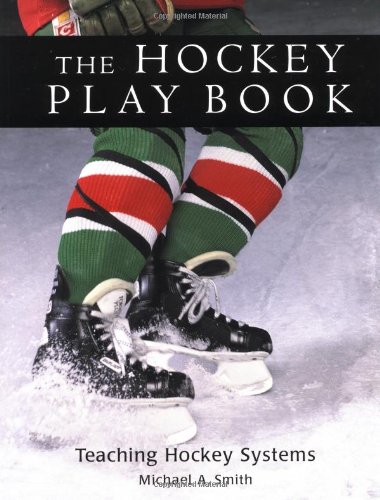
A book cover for The Hockey Play Book: Teaching Hockey Systems; Michael Smith; Sports & Outdoors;